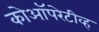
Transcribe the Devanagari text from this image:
कोऑपरेटीव्ह